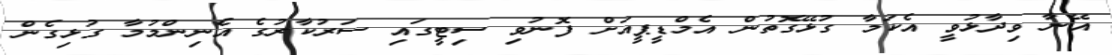
އޭނާ ވިދާޅުވީ އެކަމާ ގުޅޭގޮތުން އެމްޑީޕީއަށް ފޮނުވި ސިޓީގައި ސަރުކާރުގެ އެނިންމުމާ ގުޅިގެން